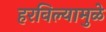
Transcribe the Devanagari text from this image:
हरविल्यामुळे